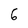
Character: 6